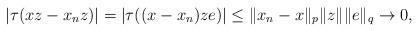
LaTeX: \begin{align*}|\tau(xz-x_nz) |= |\tau((x-x_n)ze) |\le \|x_n-x\|_p \|z\|\|e\|_q\rightarrow 0, \end{align*}